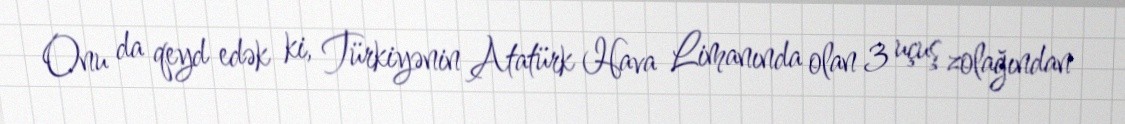
Onu da qeyd edək ki, Türkiyənin Atatürk Hava Limanında olan 3 uçuş zolağından